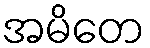
အမိတေ